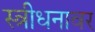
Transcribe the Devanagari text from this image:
स्त्रीधनावर